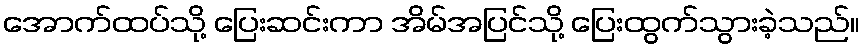
အောက်ထပ်သို့ ပြေးဆင်းကာ အိမ်အပြင်သို့ ပြေးထွက်သွားခဲ့သည်။